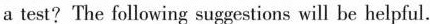
a test? The following suggestions will be helpful.